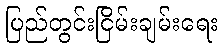
ပြည်တွင်းငြိမ်းချမ်းရေး